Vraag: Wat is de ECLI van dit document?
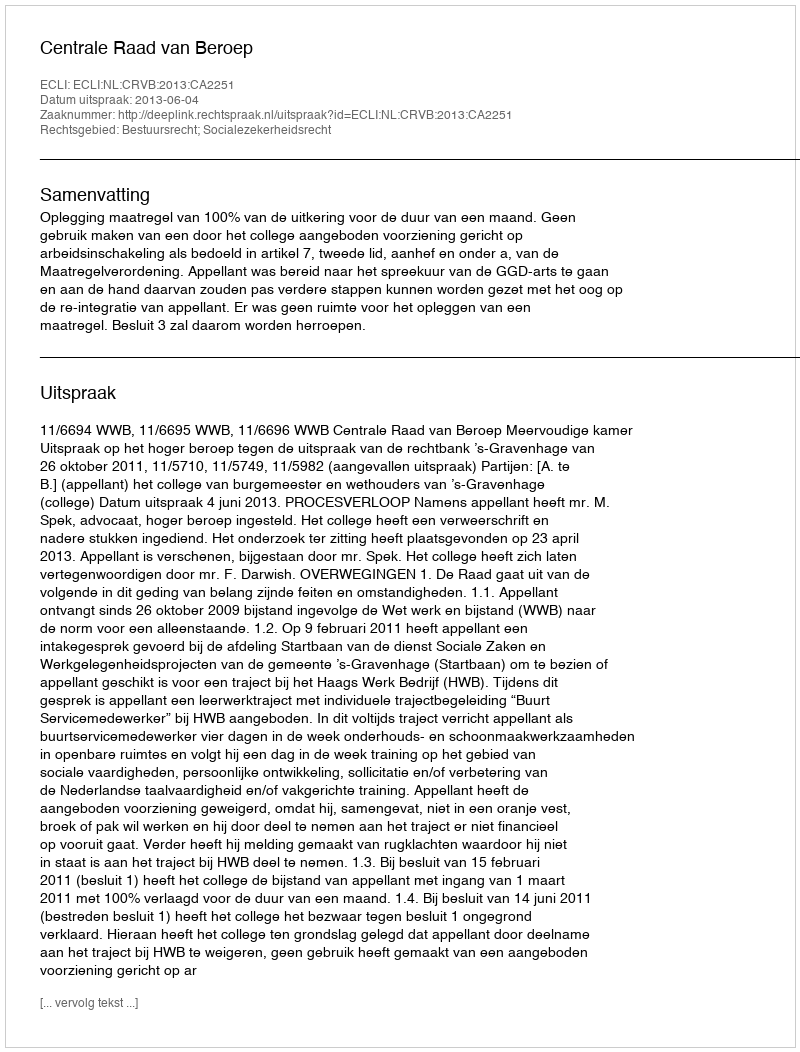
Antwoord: ECLI:NL:CRVB:2013:CA2251